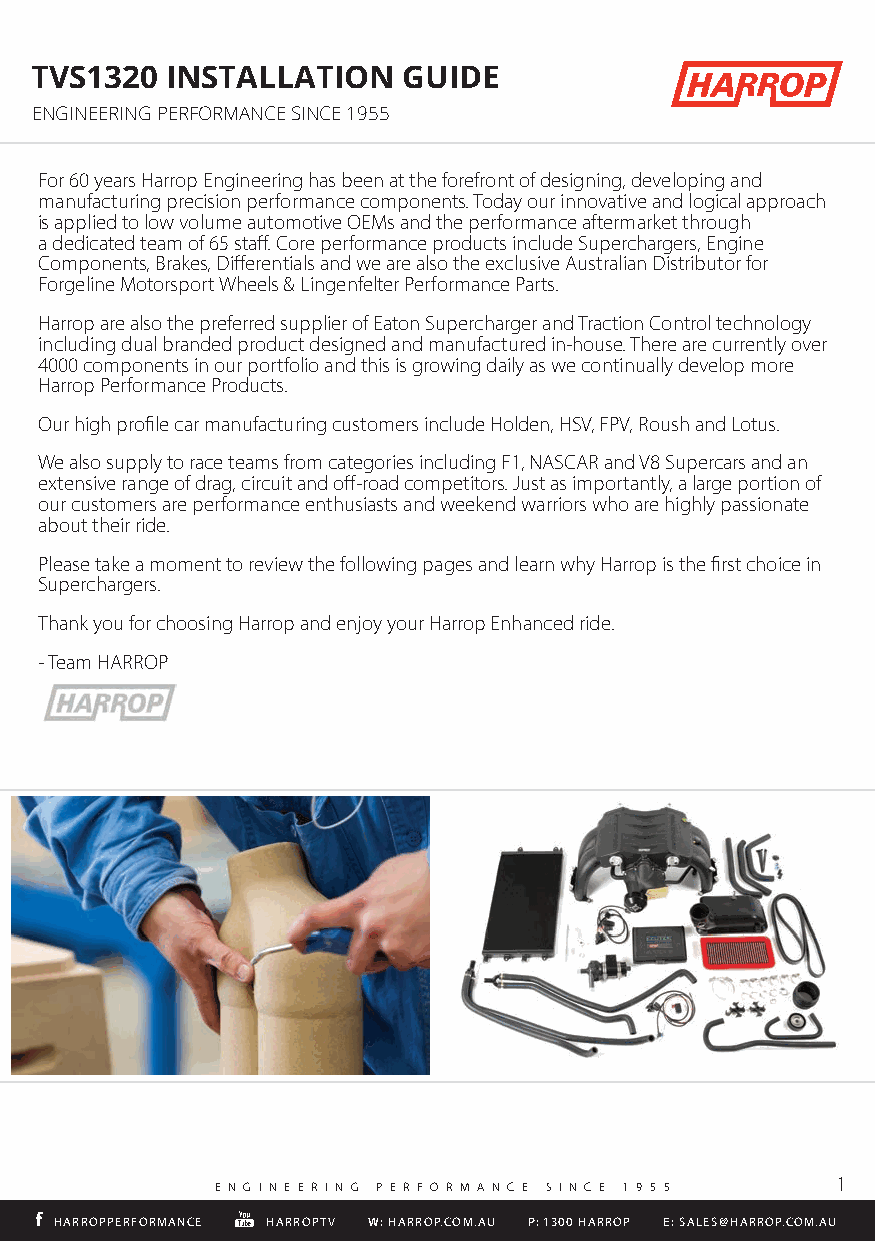
TVS1320  INSTALLATION    GUIDE
 ENGINEERING PERFORMANCE SINCE 1955
 For 60 years Harrop Engineering has been at the forefront of designing, developing and
 manufacturing precision performance components. Today our innovative and logical approach
 is applied to low volume automotive OEMs and the performance aftermarket through
 a dedicated team of 65 staff. Core performance products include Superchargers, Engine
 Components, Brakes, Differentials and we are also the exclusive Australian Distributor for
 Forgeline Motorsport Wheels & Lingenfelter Performance Parts.
 Harrop are also the preferred supplier of Eaton Supercharger and Traction Control technology
 including dual branded product designed and manufactured in-house. There are currently over
 4000 components in our portfolio and this is growing daily as we continually develop more
 Harrop Performance Products.
 Our high profile car manufacturing customers include Holden, HSV, FPV, Roush and Lotus.
 We also supply to race teams from categories including F1, NASCAR and V8 Supercars and an
 extensive range of drag, circuit and off-road competitors. Just as importantly, a large portion of
 our customers are performance enthusiasts and weekend warriors who are highly passionate
 about their ride.
 Please take a moment to review the following pages and learn why Harrop is the first choice in
 Superchargers.
 Thank you for choosing Harrop and enjoy your Harrop Enhanced ride.
 - Team HARROP
 HARROPPERFORMANCE HARROPTV W: HARROP.COM.AU P: 1300 HARROP E: SALES@HARROP.COM.AU
 1
 E N G I N E E R I N G P E R F O R M A N C E S I N C E 1 9 5 5
 HHAARRRROOPPPPEERRFFOORRMMAANNCCEE HHAARRRROOPPTTVV WW:: HHAARRRROOPP..CCOOMM..AAUU PP:: 11330000 HHAARRRROOPP EE:: SSAALLEESS@@HHAARRRROOPP..CCOOMM..AAUU